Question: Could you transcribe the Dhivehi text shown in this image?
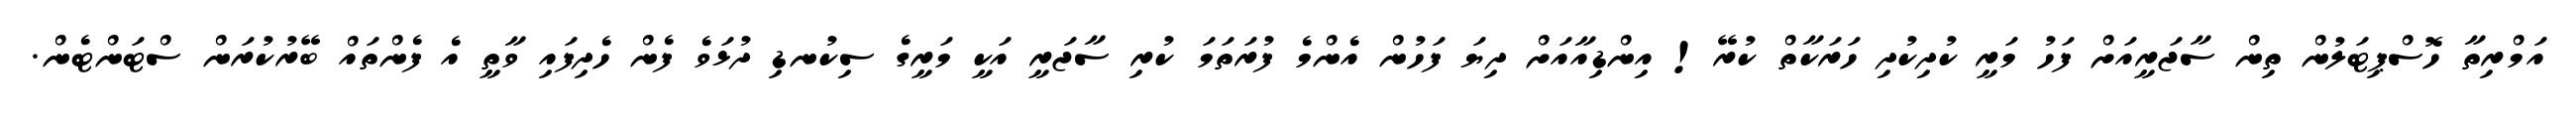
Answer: އަމްރިތާ ހޮސްޕިޓަލުން ތިން ސާޖަރީއަށް ފަހު މަރީ ކުދިކުދި ހަރަކާތް ކުރޭ! އިންޑިއާއަށް ދިޔަ ފަހުން އެންމެ ފުރަތަމަ ކުރި ސާޖަރީ އަކީ މަރީގެ ސިކުނޑި ދުޅަވެ ފެން ހެދިފައި ވާތީ އެ ފެންތައް ބޭރުކުރަން ސްޓަންޓެން.